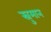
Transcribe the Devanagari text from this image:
स्नुमान